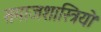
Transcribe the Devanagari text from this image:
समाजशास्त्रियो